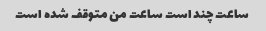
ساعت چند است ساعت من متوقف شده است